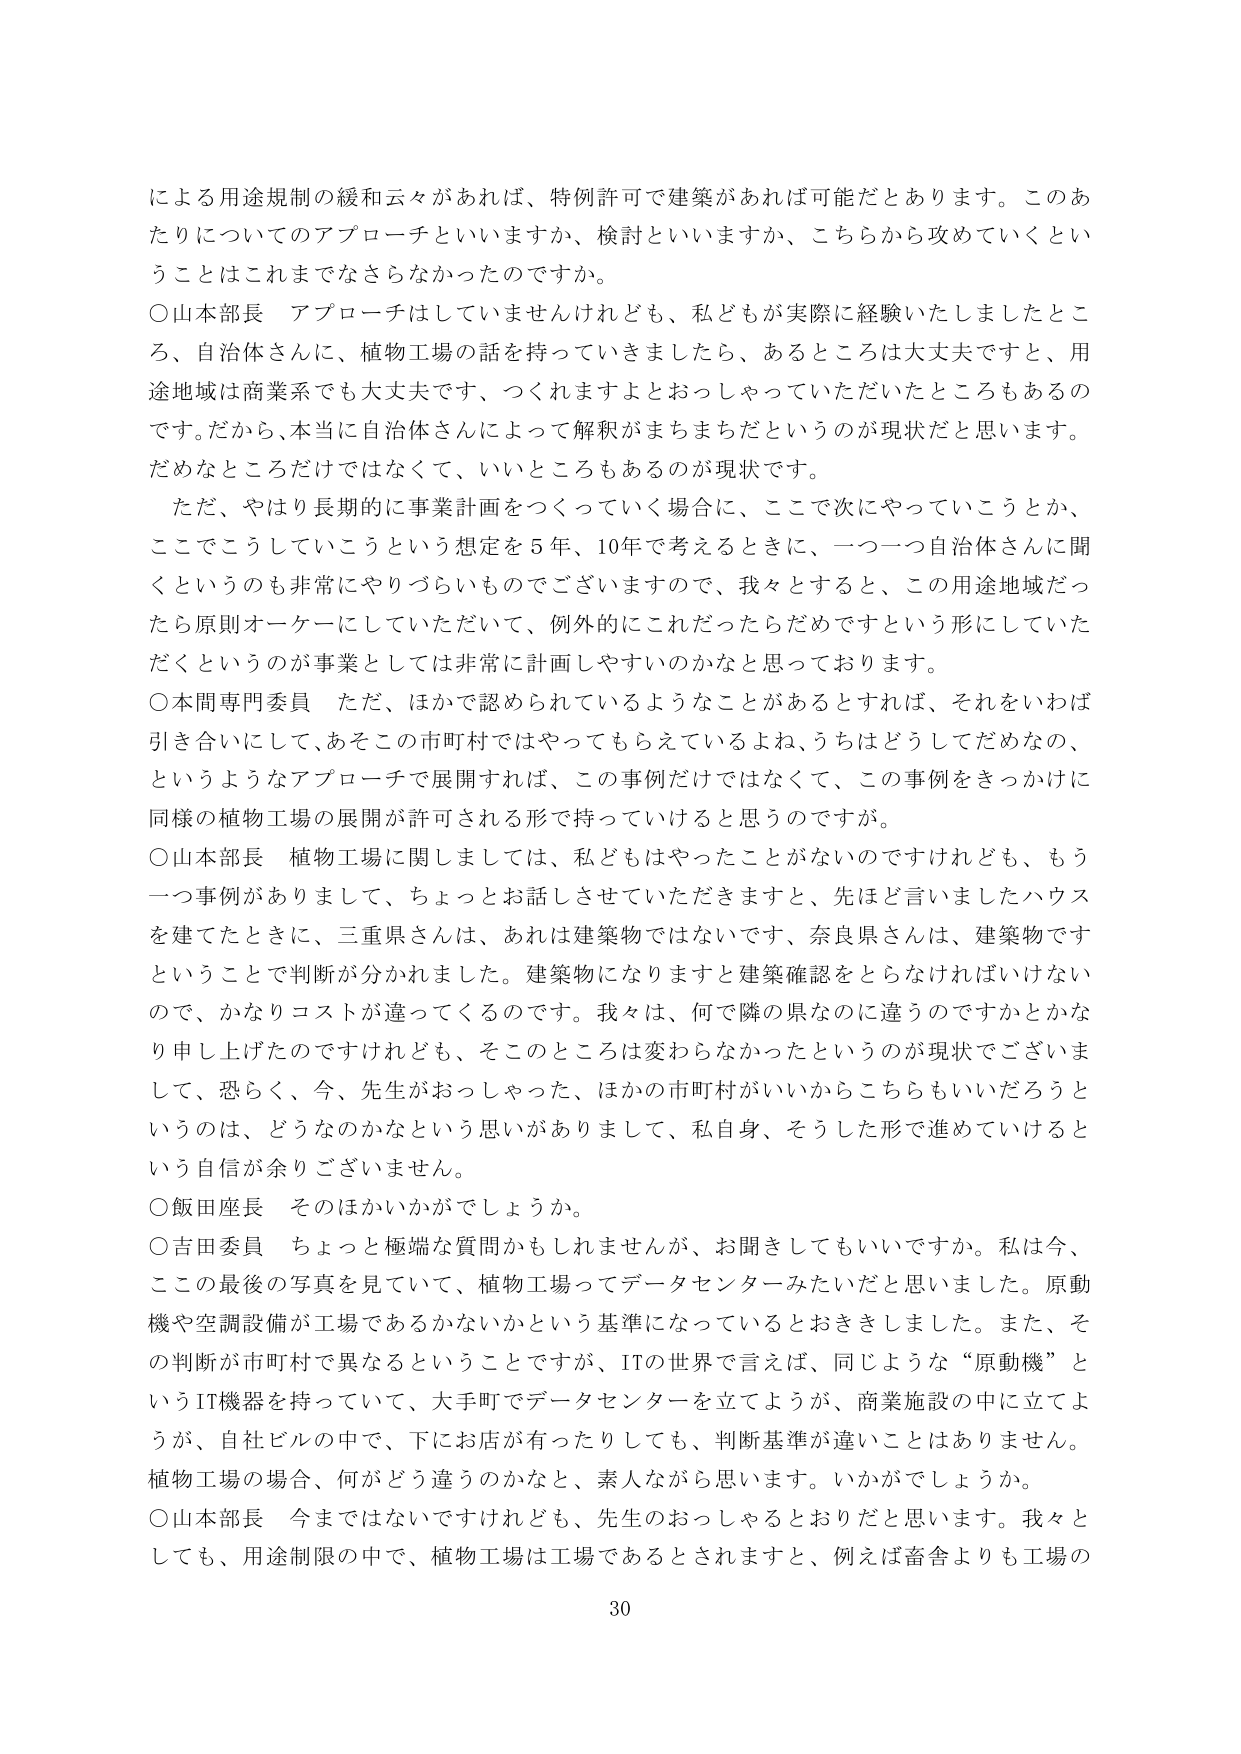
による用途規制の緩和云々があれば、特例許可で建築があれば可能だとあります。このあたりについてのアプローチといいますか、検討といいますか、こちらから攻めていくということはこれまでなさらなかったのですか。

○山本部長 アプローチはしていませんけれども、私どもが実際に経験いたしましたところ、自治体さんに、植物工場の話を持っていきましたら、あるところは大丈夫ですと、用途地域は商業系でも大丈夫です、つくれますよとおっしゃっていただいたところもあるのです。だから、本当に自治体さんによって解釈がまちまちだというのが現状だと思います。だめなところだけではなくて、いいところもあるのが現状です。

ただ、やはり長期的に事業計画をつくっていく場合に、ここで次にやっていこうとか、ここでこうしていこうという想定を５年、10年で考えるときに、一つ一つ自治体さんに聞くというのも非常にやりづらいものでございますので、我々とすると、この用途地域だったら原則オーケーにしていただいて、例外的にこれだったらだめですという形にしていただくというのが事業としては非常に計画しやすいのかなと思っております。

○本間専門委員 ただ、ほかで認められているようなことがあるとすれば、それをいわば引き合いにして、あそこの市町村ではやってもらえてているよね、うちはどうしてだめなの、というようなアプローチで展開すれば、この事例だけではなくて、この事例をきっかけに同様の植物工場の展開が許可される形で持っていくと思うのですが。

○山本部長 植物工場に関しましては、私どもはやったことがないのですけれども、もう一つ事例がありまして、ちょっとお話しさせていただきますと、先ほど言いましたハウスを建てたときに、三重県さんは、あれは建築物ではないです、奈良県さんは、建築物ですということで判断が分かれました。建築物になりますと建築確認をとらなければいけないので、かなりコストが違ってくるのです。我々は、何で隣の県なのに違うのですかとかなり申し上げたのですけれども、そこのところは変わらなかったというのが現状でございまして、恐らく、今、先生がおっしゃった、ほかの市町村がいいからこちらもいいだろうというのは、どうなのかなという思いがありまして、私自身、そうした形で進めていけるという自信が余りございません。

○飯田座長 そのほかいかがでしょうか。

○吉田委員 ちょっと極端な質問かもしれませんが、お聞きしてもいいですか。私は今、この最後の写真を見ていて、植物工場ってデータセンターみたいだと思いました。原動機や空調設備が工場であるかないかという基準になっているとおもいました。また、その判断が市町村で異なるということですが、ITの世界で言えば、同じような“原動機”というIT機器を持っていて、大手町でデータセンターを立てようが、商業施設の中に立てようが、自社ビルの中で、下にお店があったりしても、判断基準が違うことはありません。植物工場の場合、何がどう違うのかなと、素人ながら思います。いかがでしょうか。

○山本部長 今まではないですけれども、先生のおっしゃるとおりだと思います。我々としても、用途制限の中で、植物工場は工場であるとされますと、例えば畜舎よりも工場の

30